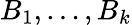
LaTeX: B_{1},\dots,B_{k}